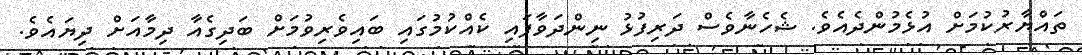
ތައްޔާރުކުމަށް އުޅެމުންދެއެވެ. ޝެހެނާވެސް ދަރިފުޅު ނިންދަވާފައި ކެއްކުމުގައި ބައިވެރިވުމަށް ބަދިގެއާ ދިމާއަށް ދިޔައެވެ.